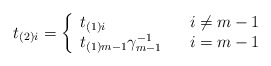
\begin{align*} t_{(2)i}= \left\lbrace \begin{array}{lll} t_{(1)i} & & i\neq m-1 \\ t_{(1)m-1}\gamma_{m-1}^{-1} & & i=m-1 \\ \end{array} \right.\end{align*}